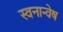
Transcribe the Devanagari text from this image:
स्वनान्वेष